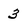
Character: 3